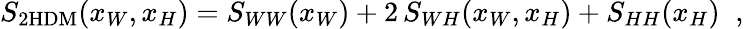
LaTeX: S_{\mathrm{2HDM}}(x_{W},x_{H})=S_{WW}(x_{W})+2\, S_{WH}(x_{W},x_{H})+S_{HH}(x_{H})\; \; ,